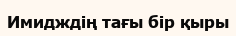
Имидждің тағы бір қыры